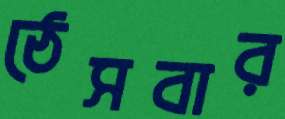
ঠেসবার